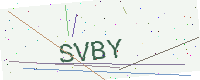
Text: SVBY